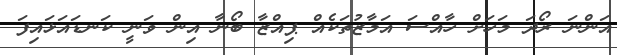
އަންނަ ރޯދަ މަހަށް ހާއްސަ އަމާޒުތަކެއް ޕިއްޒާ ބޯނާ އިން ވަނީ ކަނޑައަޅައިފަ